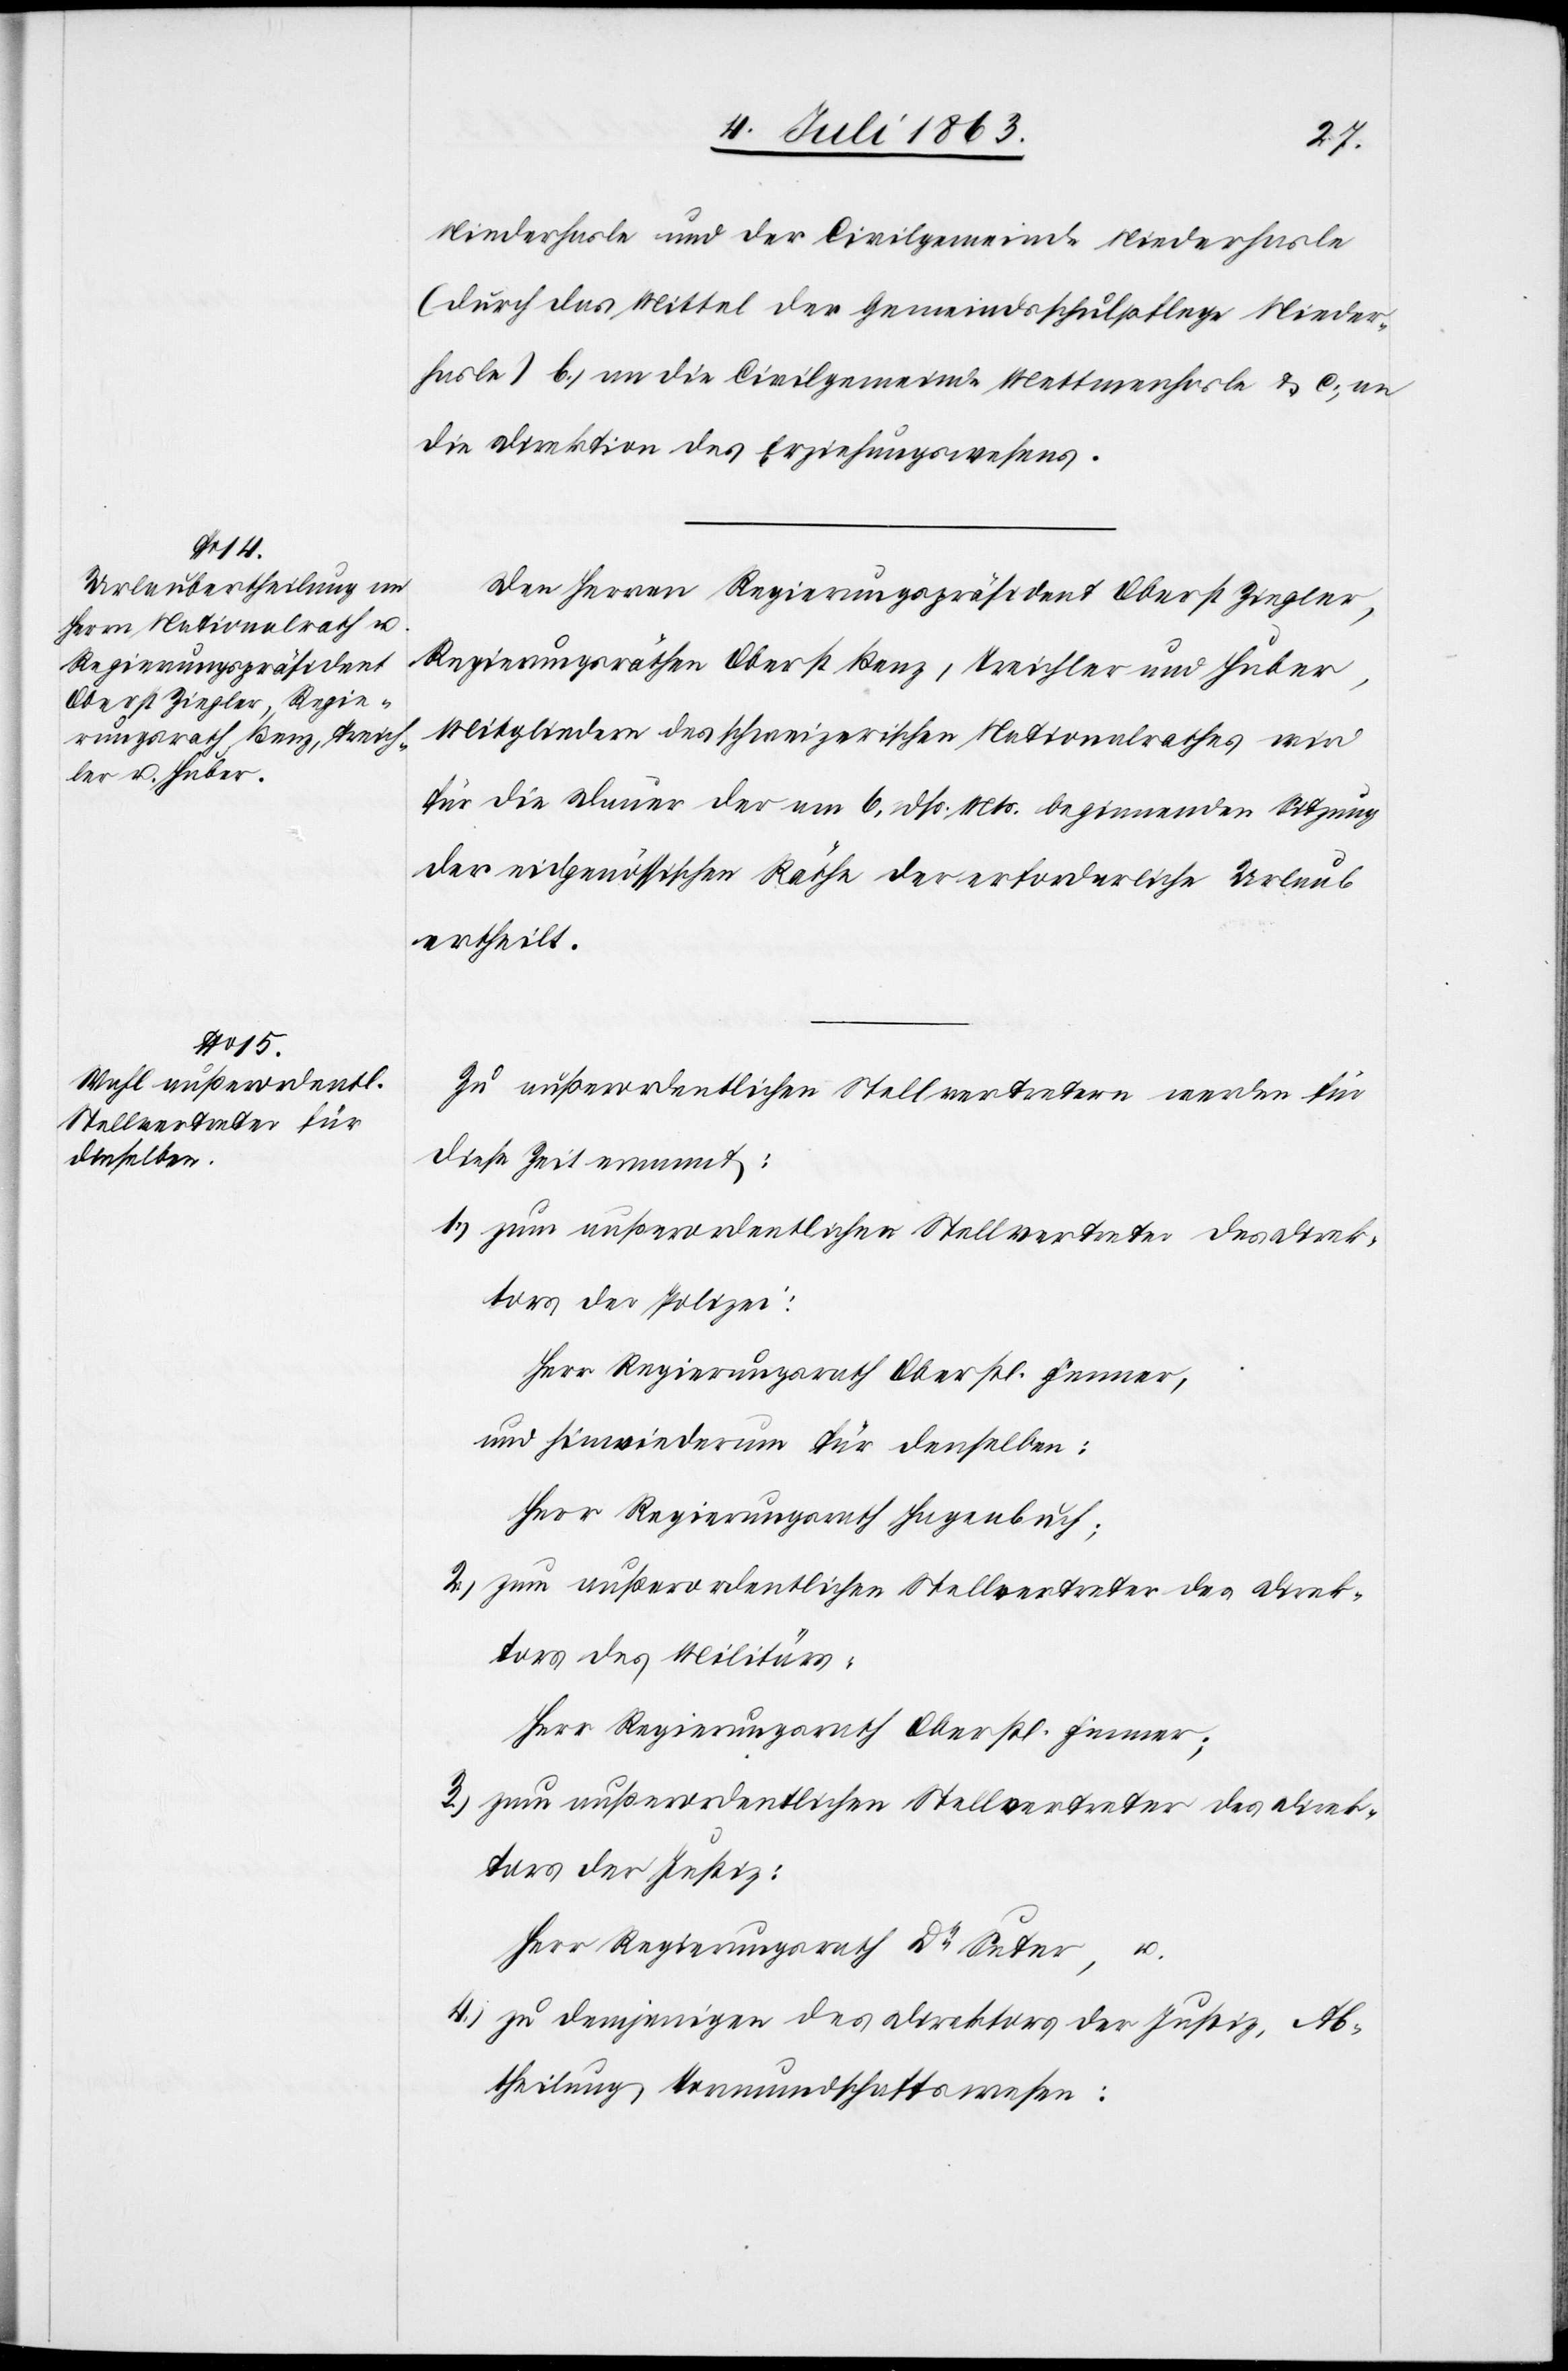
Niederhasle und der Civilgemeinde Niederhalse
(durch das Mittel der Gemeindsschulpflege Nieder¬
hasle) b.) an die Civilgemeinde Mettmenhasle & c.) an
die Direktion des Erziehungswesens.
Den Herren Regierungspräsident Oberst Ziegler,
Regierungsräthen Oberst Benz, Treichler und Huber,
Mitgliedern des schweizerischen Nationalrathes wird
für die Dauer der am 6. dß. Mts. beginnenden Sitzung
der eidgenössischen Räthe der erforderliche Urlaub
ertheilt.
Zu außerordentlichen Stellvertretern werden für
diese Zeit ernannt:
tors der Polizei:
Herr Regierungsrath Oberstl. Fenner,
und hinwiederum für denselben:
Herr Regierungsrath Hagenbuch;
2.) zum außerordentlichen Stellvertreter des Direk¬
tors des Militärs:
Herr Regierungsrath Oberstl. Fenner;
3.) zum außerordentlichen Stellvertreter des Direk¬
tors der Justiz:
Herr Regierungsrath Dr Suter, u.
4.) zu demjenigen des Direktors der Justiz, Ab¬
theilung Vormundschaftswesen: